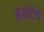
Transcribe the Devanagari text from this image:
हर्बर्टचे